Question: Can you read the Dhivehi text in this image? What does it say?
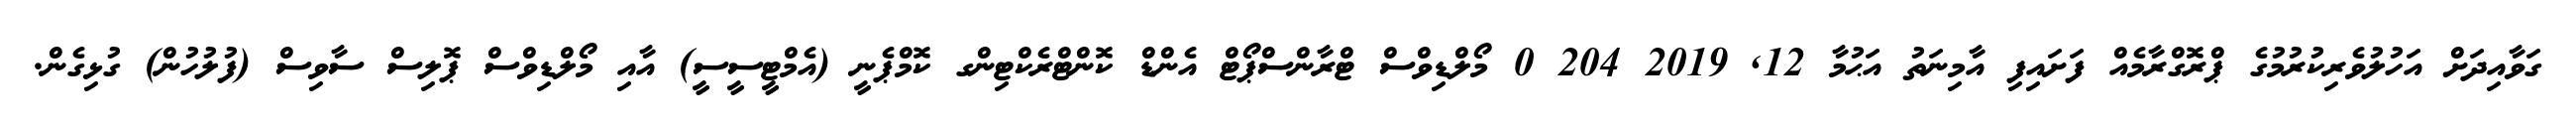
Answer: ގަވާއިދަށް އަހުލުވެރިކުރުމުގެ ޕްރޮގްރާމެއް ފަށައިފި އާމިނަތު އަޙުމާ 12, 2019 204 0 މޯލްޑިވްސް ޓްރާންސްޕޯޓް އެންޑް ކޮންޓްރެކްޓިންގ ކޮމްޕެނީ (އެމްޓީސީސީ) އާއި މޯލްޑިވްސް ޕޮލިސް ސާވިސް (ފުލުހުން) ގުޅިގެން.